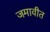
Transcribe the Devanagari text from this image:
जमावीत